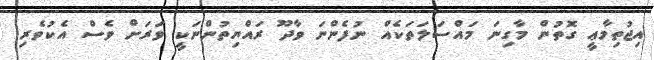
އިޖުތިމާޢީ ގޮތުން މާގިނަ މައްސަލަތަކެއް ނުފެންނަ ވާދޫ ރައްޔިތުންނަކީ ވަރަށް ވެސް އެކުވެރި